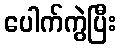
ပေါက်ကွဲပြီး